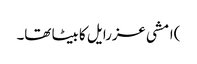
)امشی عزرایل کا بیٹا تھا۔